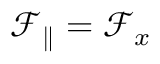
\mathcal { F } _ { \parallel } = \mathcal { F } _ { x }